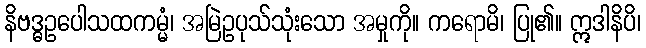
နိဗဒ္ဓဥပေါသထကမ္မံ၊ အမြဲဥပုသ်သုံးသော အမှုကို။ ကရောမိ၊ ပြု၏။ ဣဒါနိပိ၊